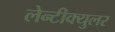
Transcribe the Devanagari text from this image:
लेन्टीक्युलर